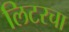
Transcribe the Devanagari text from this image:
लिटरचा